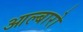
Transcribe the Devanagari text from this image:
आल्बारो